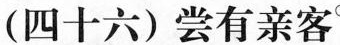
(四十六)尝有亲客°